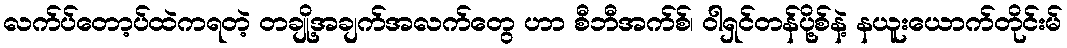
လက်ပ်တော့ပ်ထဲကရတဲ့ တချို့အချက်အလက်တွေ ဟာ စီဘီအက်စ်၊ ဝါရှင်တန်ပို့စ်နဲ့ နယူးယောက်တိုင်းမ်